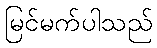
မြင်မက်ပါသည်